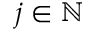
j \in \mathbb N